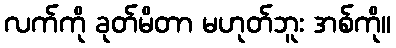
လက်ကို ခုတ်မိတာ မဟုတ်ဘူး အစ်ကို။